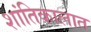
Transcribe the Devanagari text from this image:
शांतिकालात